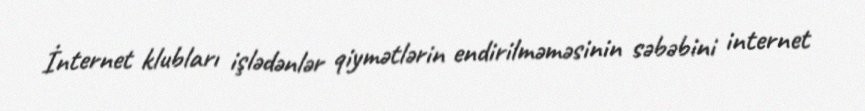
İnternet klubları işlədənlər qiymətlərin endirilməməsinin səbəbini internet